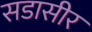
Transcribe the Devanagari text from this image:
सडासीर